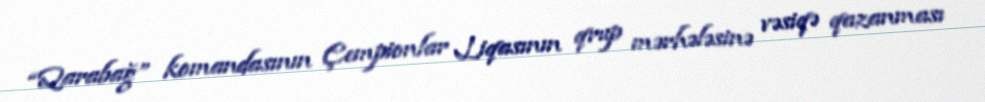
“Qarabağ” komandasının Çempionlar Liqasının qrup mərhələsinə vəsiqə qazanması